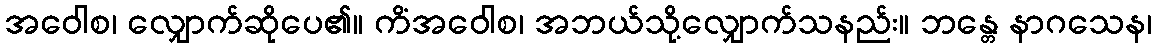
အဝေါစ၊ လျှောက်ဆိုပေ၏။ ကိံအဝေါစ၊ အဘယ်သို့လျှောက်သနည်း။ ဘန္တေ နာဂသေန၊